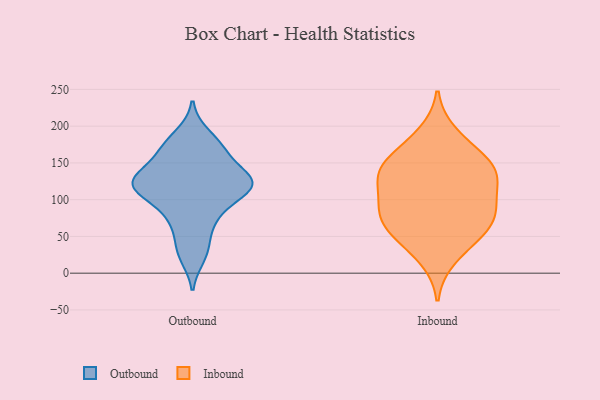
{"axis": {"x": "LTV (USD)", "y": "Value"}, "legend": ["Inbound", "Outbound"], "data": [{"x": "", "y": 111, "type": "Outbound"}, {"x": "", "y": 121, "type": "Outbound"}, {"x": "", "y": 134, "type": "Outbound"}, {"x": "", "y": 166, "type": "Outbound"}, {"x": "", "y": 128, "type": "Outbound"}, {"x": "", "y": 131, "type": "Outbound"}, {"x": "", "y": 164, "type": "Outbound"}, {"x": "", "y": 121, "type": "Outbound"}, {"x": "", "y": 78, "type": "Outbound"}, {"x": "", "y": 68, "type": "Outbound"}, {"x": "", "y": 38, "type": "Outbound"}, {"x": "", "y": 113, "type": "Outbound"}, {"x": "", "y": 96, "type": "Outbound"}, {"x": "", "y": 123, "type": "Outbound"}, {"x": "", "y": 189, "type": "Outbound"}, {"x": "", "y": 170, "type": "Outbound"}, {"x": "", "y": 22, "type": "Outbound"}, {"x": "", "y": 98, "type": "Inbound"}, {"x": "", "y": 84, "type": "Inbound"}, {"x": "", "y": 172, "type": "Inbound"}, {"x": "", "y": 97, "type": "Inbound"}, {"x": "", "y": 75, "type": "Inbound"}, {"x": "", "y": 152, "type": "Inbound"}, {"x": "", "y": 141, "type": "Inbound"}, {"x": "", "y": 54, "type": "Inbound"}, {"x": "", "y": 127, "type": "Inbound"}, {"x": "", "y": 20, "type": "Inbound"}, {"x": "", "y": 60, "type": "Inbound"}, {"x": "", "y": 136, "type": "Inbound"}, {"x": "", "y": 80, "type": "Inbound"}, {"x": "", "y": 190, "type": "Inbound"}, {"x": "", "y": 142, "type": "Inbound"}, {"x": "", "y": 47, "type": "Inbound"}, {"x": "", "y": 132, "type": "Inbound"}]}